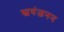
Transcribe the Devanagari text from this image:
स्वयंजनन